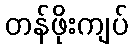
တန်ဖိုးကျပ်